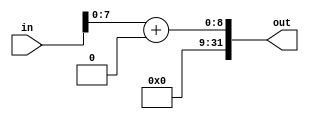
module modulo_input(in, out);

	input [17:0] in; 				// Valor de entrada nas chaves
	
	output reg [31:0] out; 		// Dado de entrada estendido para 32 bits
	
	always @ (*) begin
		//out <= in[17] == 1'b0 ? in + 32'b0 : in + 32'b11111111111111000000000000000000;
		out <= in[7:0] + 32'b0;
	end
endmodule